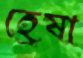
হ্রেষা